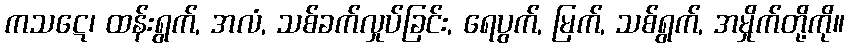
ကသဋေ၊ ထန်းရွက်, အလံ, သစ်ခက်လှုပ်ခြင်း, ရေပွက်, မြက်, သစ်ရွက်, အမှိုက်တို့ကို။